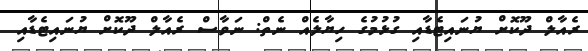
ރެއާލް ދޫކޮށް ޔުނައިޓެޑާއި ގުޅުމުގެ ހިޔާލެއް ނެތް: ނަވާސް ރެއާލް ދޫކޮށް ޔުނައިޓެޑާއި